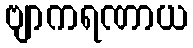
ဗျာကရဏာယ